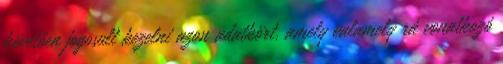
követően jogosult kezelni azon adatkört, amely valamely rá vonatkozó